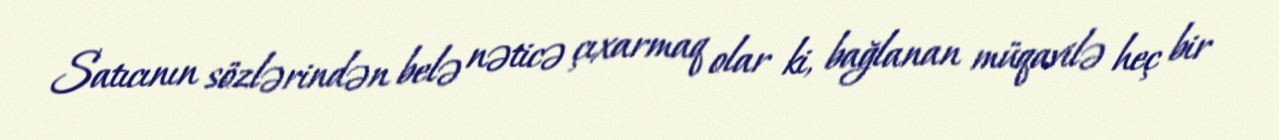
Satıcının sözlərindən belə nəticə çıxarmaq olar ki, bağlanan müqavilə heç bir